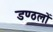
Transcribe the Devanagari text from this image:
डण्ठलों